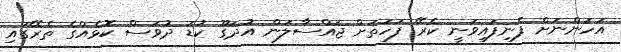
އަހަންނަށް ފެނިފައިވަނީ ކެރޭ ފަހަތަށް ޖައްސާލަން އުދަގޫ ކުޑަ ދުވަސް ކޮޅެއްގެ ތެރޭގައި